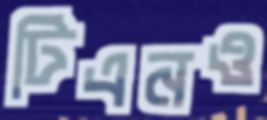
টিএনও